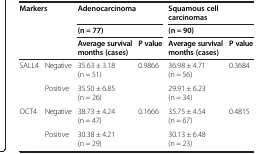
<table><thead><tr><td rowspan="3" colspan="2"><b>Markers</b></td><td colspan="2"><b>Adenocarcinoma</b></td><td colspan="2"><b>Squamous cell carcinomas</b></td></tr><tr><td colspan="2"><b>(n = 77)</b></td><td colspan="2"><b>(n = 90)</b></td></tr><tr><td><b>Average survival months(cases)</b></td><td><b>P value</b></td><td><b>Average survival months(cases)</b></td><td><b>P value</b></td></tr></thead><tbody><tr><td rowspan="2">SALL4</td><td>Negative</td><td>35.63 ± 3.18 (n = 51)</td><td rowspan="2">0.9866</td><td>36.98 ± 4.71 (n = 56)</td><td rowspan="2">0.3684</td></tr><tr><td>Positive</td><td>35.50 ± 6.85 (n = 26)</td><td>29.91 ± 6.23 (n = 34)</td></tr><tr><td rowspan="2">OCT4</td><td>Negative</td><td>38.73 ± 4.24 (n = 47)</td><td rowspan="2">0.1666</td><td>35.75 ± 4.54 (n = 67)</td><td rowspan="2">0.4815</td></tr><tr><td>Positive</td><td>30.38 ± 4.21 (n = 29)</td><td>30.13 ± 6.48 (n = 23)</td></tr></tbody></table>